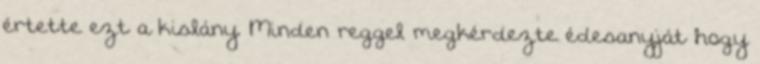
értette ezt a kislány. Minden reggel megkérdezte édesanyját hogy